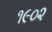
૧૯૦૨